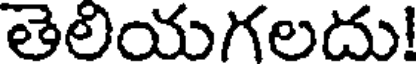
తెలియగలదు!